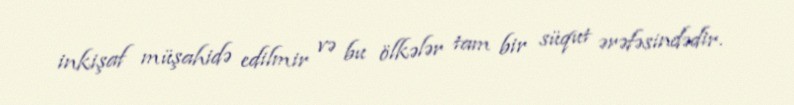
inkişaf müşahidə edilmir və bu ölkələr tam bir süqut ərəfəsindədir.